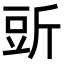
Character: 𧯞